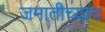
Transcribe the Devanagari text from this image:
जमातीच्याच